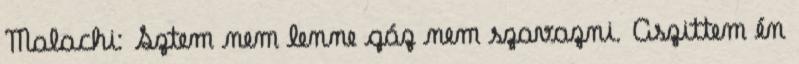
Malachi: Sztem nem lenne gáz nem szavazni. Aszittem én